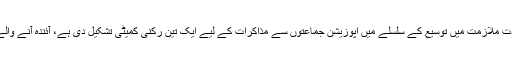
تحریک انصاف کی حکومت نے آرمی چیف جنرل قمر جاوید باجوہ کی مدت ملازمت میں توسیع کے سلسلے میں اپوزیشن جماعتوں سے مذاکرات کے لیے ایک تین رکنی کمیٹی تشکیل دی ہے، آئندہ آنے والے دنوں میں اپوزیشن جماعتوں کا موقف اور حکمت عملی سامنے آئے گی۔